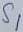
Text: S1